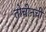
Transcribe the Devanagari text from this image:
तोचीनची